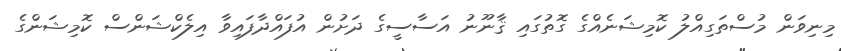
މިނިވަން މުސްތަގިއްލު ކޮމިޝަނެއްގެ ގޮތުގައި ޤާނޫނު އަސާސީގެ ދަށުން އުފައްދާފައިވާ އިލެކްޝަންސް ކޮމިޝަންގެ